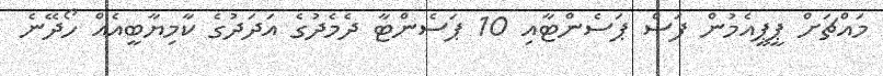
މައްޗަށް ޕީޕީއެމުން ފަސް ޕަސެންޓާއި 10 ޕަސެންޓާ ދެމެދުގެ އަދަދުގެ ކާމިޔާބީއެއް ހޯދޭނެ